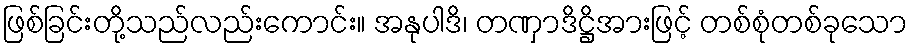
ဖြစ်ခြင်းတို့သည်လည်းကောင်း။ အနုပါဒိ၊ တဏှာဒိဋ္ဌိအားဖြင့် တစ်စုံတစ်ခုသော